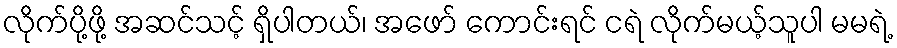
လိုက်ပို့ဖို့ အဆင်သင့် ရှိပါတယ်၊ အဖော် ကောင်းရင် ငရဲ လိုက်မယ့်သူပါ မမရဲ့